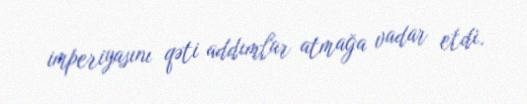
imperiyasını qəti addımlar atmağa vadar etdi.